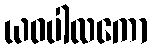
ယဝပါလကော